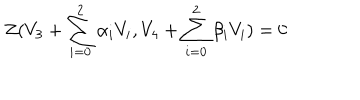
Z ( V _ { 3 } + \sum _ { i = 0 } ^ { 2 } \alpha _ { i } V _ { i } , V _ { 4 } + \sum _ { i = 0 } ^ { 2 } \beta _ { i } V _ { i } ) = 0